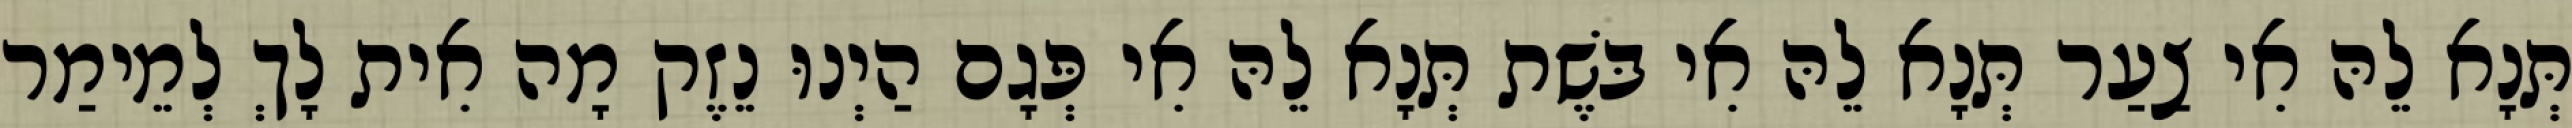
תְּנָא לֵהּ אִי צַעַר תְּנָא לֵהּ אִי בּשֶׁת תְּנָא לֵהּ אִי פְּגָם הַיְנוּ נֵזֶק מָה אִית לָךְ לְמֵימַר